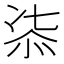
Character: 㓒